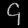
Digit: ၄